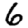
Digit: 6